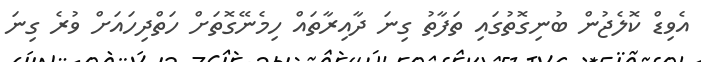
އެވިޑް ކޮލެޖުން ބުނިގޮތުގައި ތަފާތު ގިނަ ދާއިރާތައް ހިމެނޭގޮތަށް ހަތްދިހައަށް ވުރެ ގިނަ